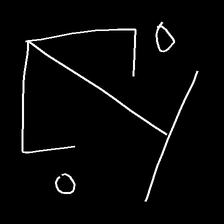
Glyph: earth